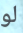
لو